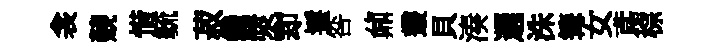
衾競惜毓菽纔漿~却鬟咎鼐叢貝湊邐洙篝女鳶棕